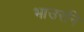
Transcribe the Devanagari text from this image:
भाउरनि